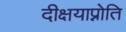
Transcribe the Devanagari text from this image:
दीक्षयाप्नोति